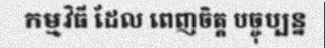
កម្មវិធី ដែល ពេញចិត្ត បច្ចុប្បន្ន